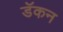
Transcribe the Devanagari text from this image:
डॅकन